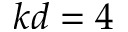
k d = 4